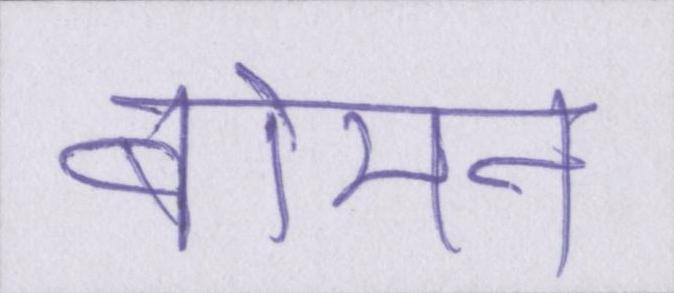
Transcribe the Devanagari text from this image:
बोमन